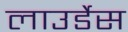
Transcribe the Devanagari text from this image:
लाउर्डेस